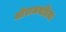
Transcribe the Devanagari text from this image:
श्रीराममहिमा